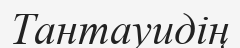
Тантауидің